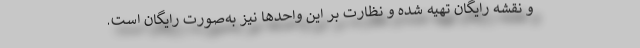
و نقشه رایگان تهیه شده و نظارت بر این واحدها نیز به‌صورت رایگان است.